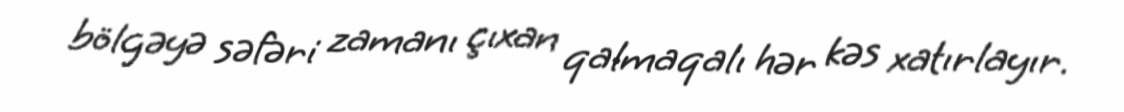
bölgəyə səfəri zamanı çıxan qalmaqalı hər kəs xatırlayır.